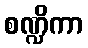
စဏ္ဍိကာ